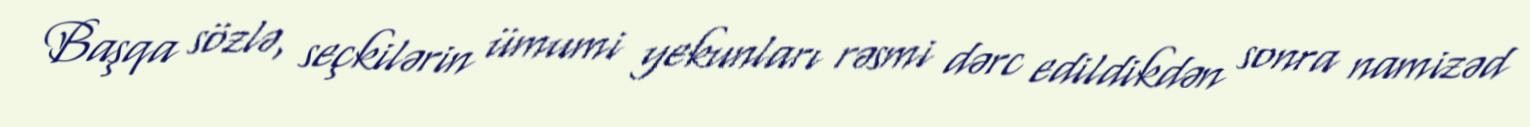
Başqa sözlə, seçkilərin ümumi yekunları rəsmi dərc edildikdən sonra namizəd